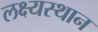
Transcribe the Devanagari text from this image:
लक्ष्यस्थान